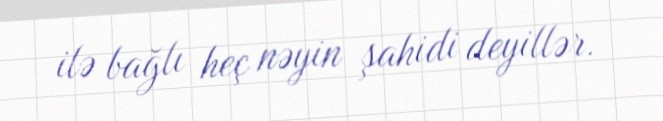
ilə bağlı heç nəyin şahidi deyillər.